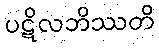
ပဋိလဘိဿတိ